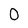
Character: 0